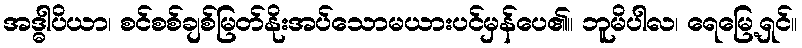
အဒ္ဓါပိယာ၊ စင်စစ်ချစ်မြတ်နိုးအပ်သောမယားပင်မှန်ပေ၏။ ဘူမိပါလ၊ ရေမြေ့ရှင်။